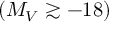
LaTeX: ( M _ { V } \gtrsim - 1 8 )